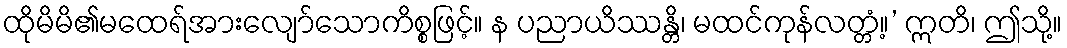
ထိုမိမိ၏မထေရ်အားလျော်သောကိစ္စဖြင့်။ န ပညာယိဿန္တိ၊ မထင်ကုန်လတ္တံ့။’ ဣတိ၊ ဤသို့။